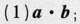
(1)$$a \cdot b$$;